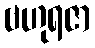
ဗဟုရဇာ